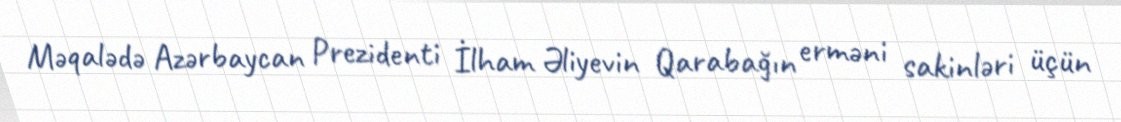
Məqalədə Azərbaycan Prezidenti İlham Əliyevin Qarabağın erməni sakinləri üçün